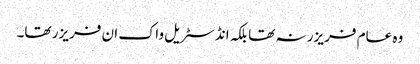
وہ عام فریزر نہ تھا بلکہ انڈسٹریل واک ان فریزر تھا۔